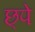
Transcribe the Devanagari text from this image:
छ्पे